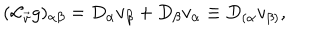
( { \cal L } _ { \vec { v } } g ) _ { \alpha \beta } = D _ { \alpha } v _ { \beta } + D _ { \beta } v _ { \alpha } \equiv D _ { ( \alpha } v _ { \beta ) } ,